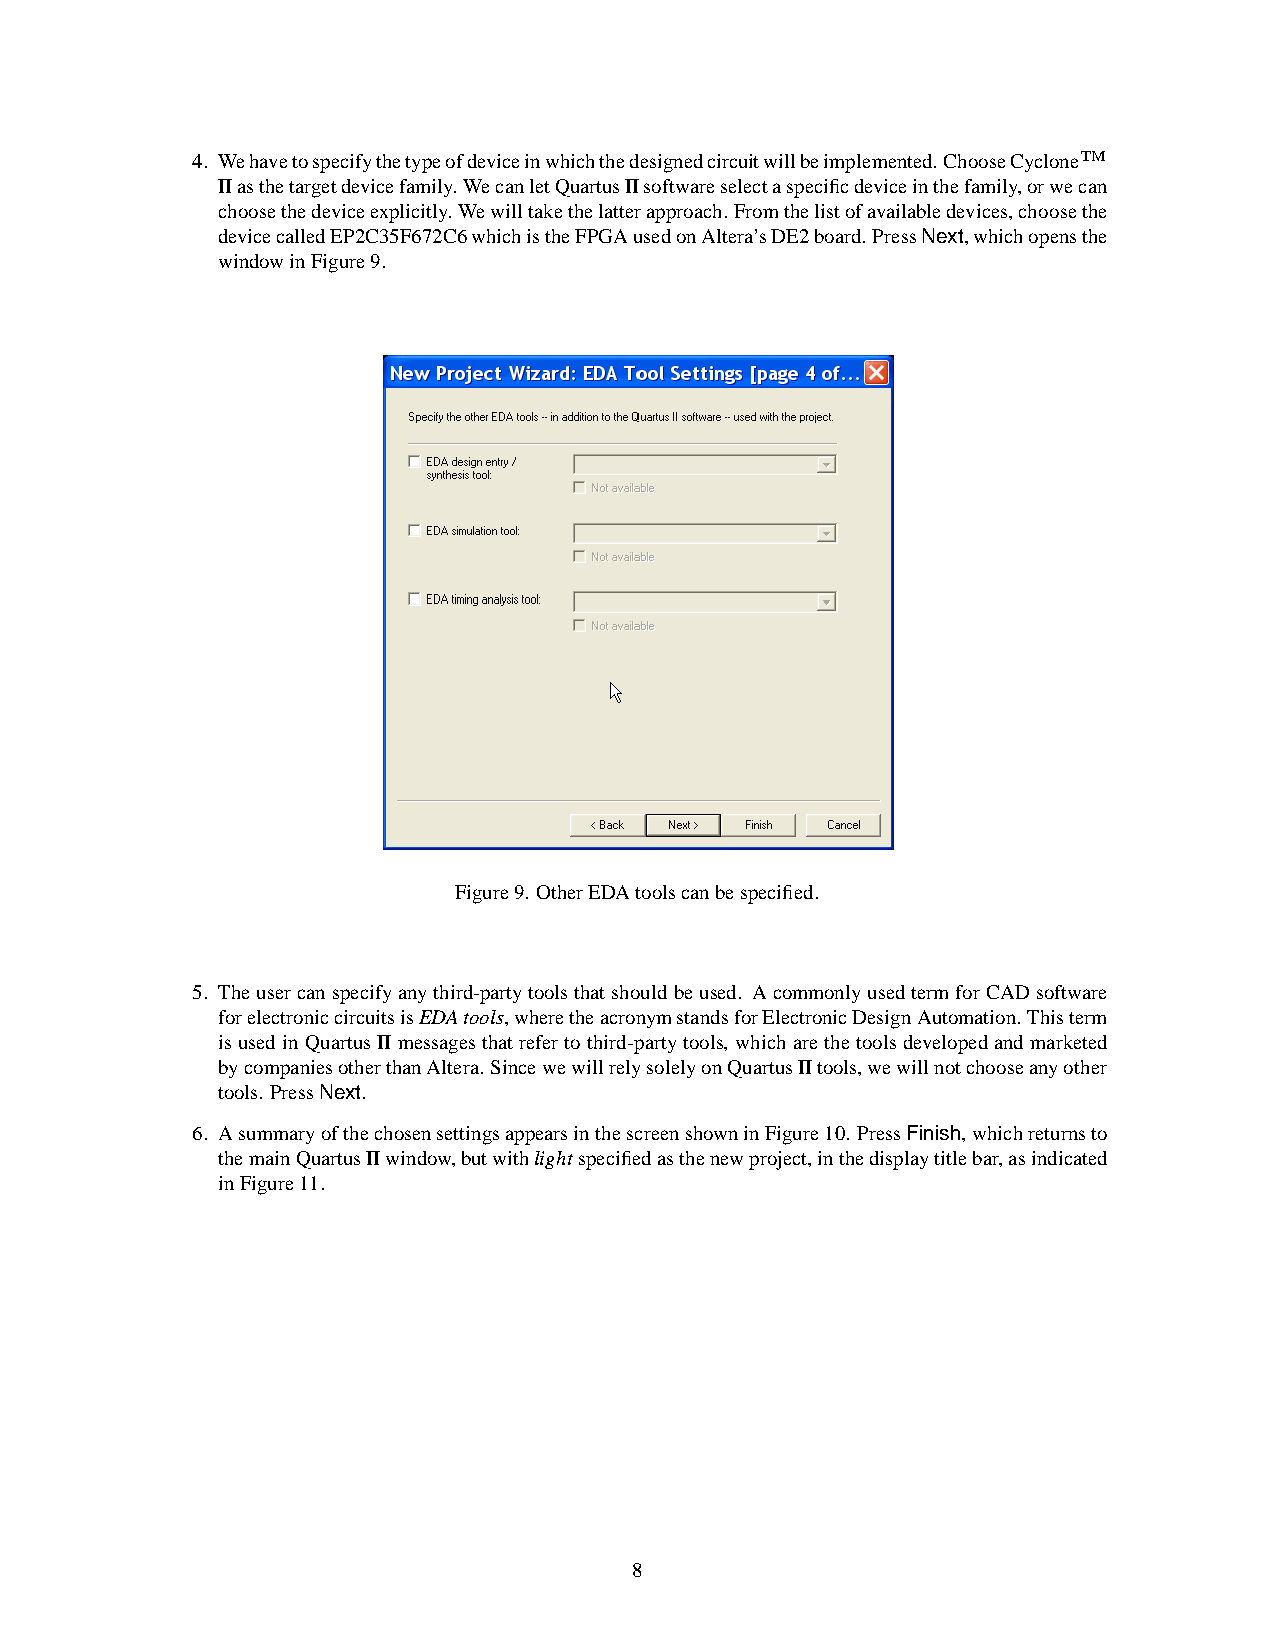
4. Wehavetospecifythetypeofdeviceinwhichthedesignedcircuitwillbeimplemented.ChooseCycloneTM
 IIasthetargetdevicefamily.WecanletQuartusIIsoftwareselectaspecificdeviceinthefamily,orwecan
 choosethedeviceexplicitly.Wewilltakethelatterapproach.Fromthelistofavailabledevices,choosethe
 devicecalledEP2C35F672C6whichistheFPGAusedonAltera’sDE2board.PressNext,whichopensthe
 windowinFigure9.
 Figure9. OtherEDAtoolscanbespecified.
 5. Theusercanspecifyanythird-partytoolsthatshouldbeused. AcommonlyusedtermforCAD software
 forelectroniccircuitsisEDAtools,wheretheacronymstandsforElectronicDesignAutomation.Thisterm
 is used in QuartusII messagesthatreferto third-partytools, which are the toolsdevelopedand marketed
 bycompaniesotherthanAltera. SincewewillrelysolelyonQuartusIItools,wewillnotchooseanyother
 tools. PressNext.
 6. AsummaryofthechosensettingsappearsinthescreenshowninFigure10. PressFinish,whichreturnsto
 themainQuartusIIwindow,butwithlightspecifiedasthenewproject,inthedisplaytitlebar,asindicated
 inFigure11.
 8